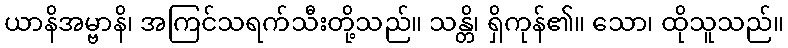
ယာနိအမ္ဗာနိ၊ အကြင်သရက်သီးတို့သည်။ သန္တိ၊ ရှိကုန်၏။ သော၊ ထိုသူသည်။